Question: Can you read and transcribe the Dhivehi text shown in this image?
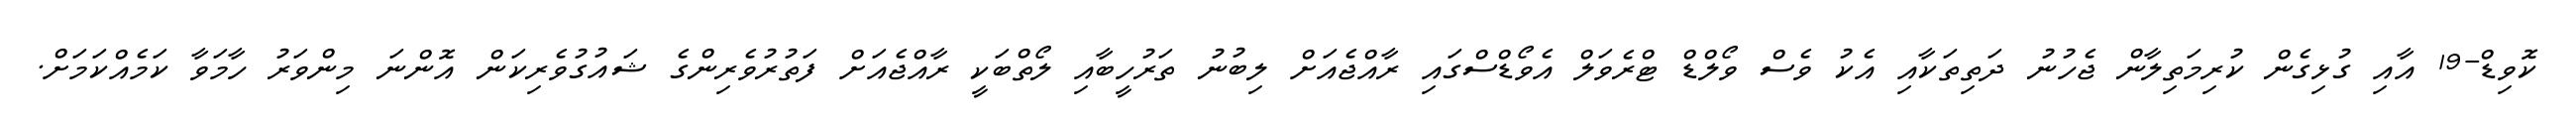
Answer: ކޮވިޑް-19 އާއި ގުޅިގެން ކުރިމަތިލާން ޖެހުނު ދަތިތަކާއި އެކު ވެސް ވޯލްޑް ޓްރެވަލް އެވޯޑްސްގައި ރާއްޖެއަށް ލިބުނު ތަރުހީބާއި ލޯތްބަކީ ރާއްޖެއަށް ފަތުރުވެރިންގެ ޝައުގުވެރިކަން އޮންނަ މިންވަރު ހާމަވާ ކަމެއްކަމަށް.